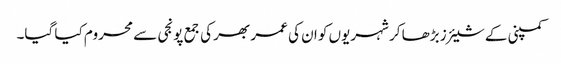
کمپنی کے شیئرز بڑھا کر شہریوں کو ان کی عمر بھر کی جمع پونجی سے محروم کیا گیا۔